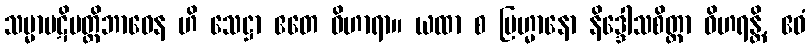
သမ္မာပဋိပတ္တိဘာဝေန ဟိ သေဋ္ဌာ ဧတေ ဝိဟာရာ။ ယထာ စ ဗြဟ္မာနော နိဒ္ဒေါသစိတ္တာ ဝိဟရန္တိ, ဧဝံ